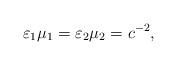
LaTeX: \begin{align*}\varepsilon_1\mu_1=\varepsilon_2\mu_2=c^{-2},\end{align*}